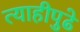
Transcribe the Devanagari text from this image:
त्याहीपुढे